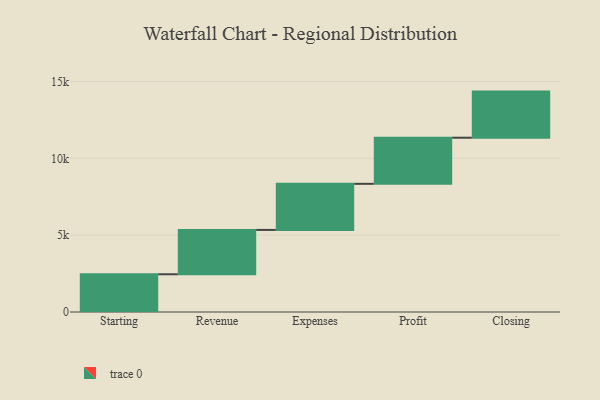
{"axis": {"x": "Step", "y": "Value"}, "legend": [""], "data": [{"x": "Starting", "y": 2455.0, "type": ""}, {"x": "Revenue", "y": 2885.0, "type": ""}, {"x": "Expenses", "y": 3000, "type": ""}, {"x": "Profit", "y": 3000, "type": ""}, {"x": "Closing", "y": 3000, "type": ""}]}